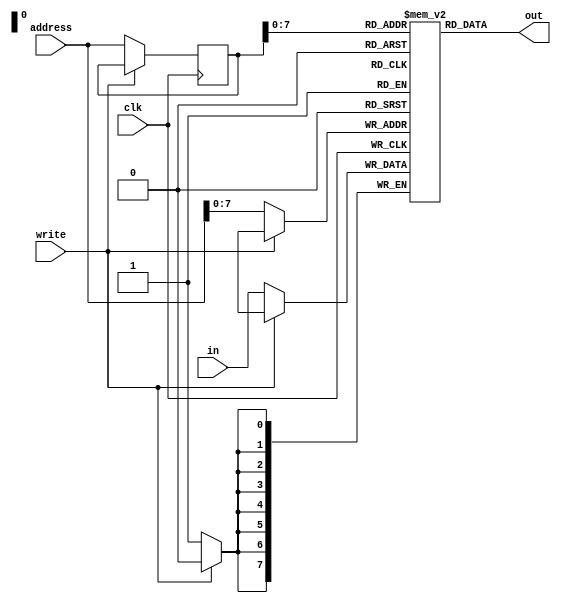
module memory_20(address,in,out,write,clk);
input [7:0] in;
input clk,write;
input [14:0] address;
output  [7:0] out;
reg [7:0] mem [0:255];
reg [14:0] addreg;
always @(negedge clk)
begin
if(write ==1'b0)
begin
	mem[address] <= in;
	addreg <= address;
end
end
assign out = mem[addreg];	
endmodule